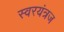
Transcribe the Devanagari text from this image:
स्वरयंत्रज